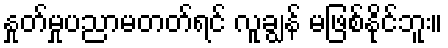
နှုတ်မှုပညာမတတ်ရင် လူချွန် မဖြစ်နိုင်ဘူး။